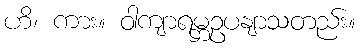
ဟိ၊ ကား။ ဝါကျာရမ္ဘဥပနျာသတည်း။